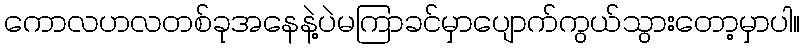
ကောလဟလတစ်ခုအနေနဲ့ပဲမကြာခင်မှာပျောက်ကွယ်သွားတော့မှာပါ။